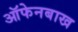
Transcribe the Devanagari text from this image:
ऑफेनबाख